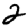
Digit: 2